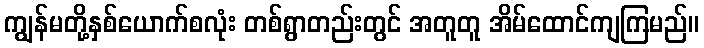
ကျွန်မတို့နှစ်ယောက်စလုံး တစ်ရွာတည်းတွင် အတူတူ အိမ်ထောင်ကျကြမည်။